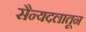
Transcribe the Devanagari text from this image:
सैन्यदलातून